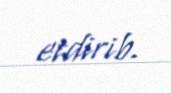
etdirib.